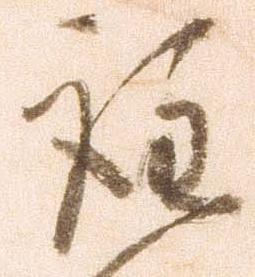
詮